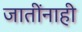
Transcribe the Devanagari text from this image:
जातींनाही